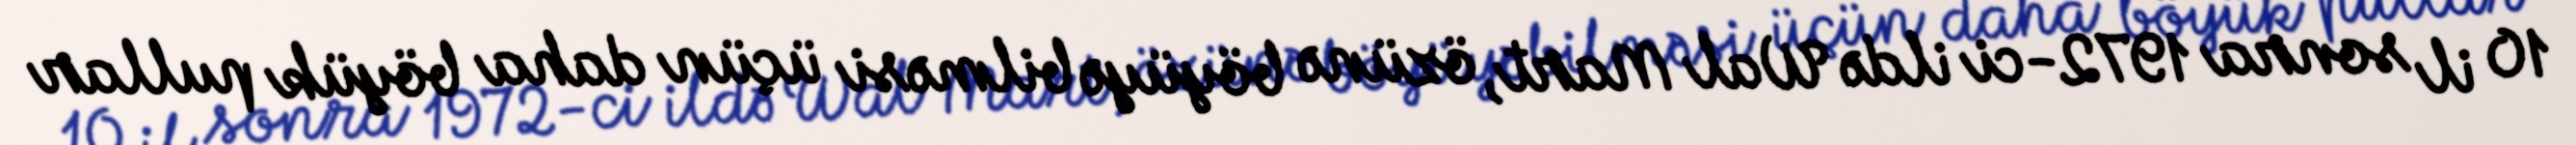
10 il sonra 1972-ci ildə Wal Mart, özünə böyüyə bilməsi üçün daha böyük pullar